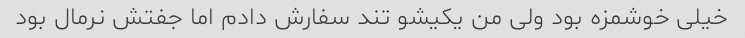
خیلی خوشمزه بود ولی من یکیشو تند سفارش دادم اما جفتش نرمال بود